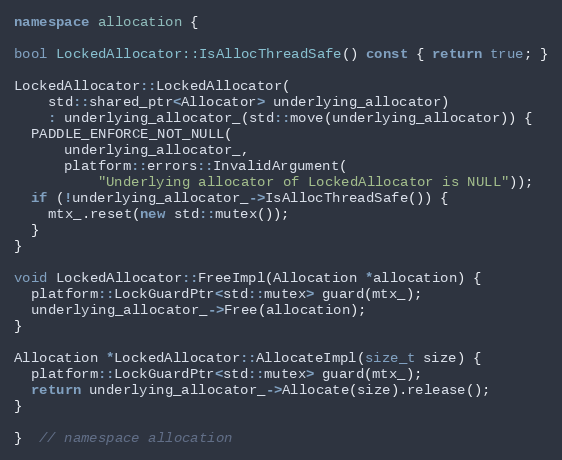
Language: C++
namespace allocation {

bool LockedAllocator::IsAllocThreadSafe() const { return true; }

LockedAllocator::LockedAllocator(
    std::shared_ptr<Allocator> underlying_allocator)
    : underlying_allocator_(std::move(underlying_allocator)) {
  PADDLE_ENFORCE_NOT_NULL(
      underlying_allocator_,
      platform::errors::InvalidArgument(
          "Underlying allocator of LockedAllocator is NULL"));
  if (!underlying_allocator_->IsAllocThreadSafe()) {
    mtx_.reset(new std::mutex());
  }
}

void LockedAllocator::FreeImpl(Allocation *allocation) {
  platform::LockGuardPtr<std::mutex> guard(mtx_);
  underlying_allocator_->Free(allocation);
}

Allocation *LockedAllocator::AllocateImpl(size_t size) {
  platform::LockGuardPtr<std::mutex> guard(mtx_);
  return underlying_allocator_->Allocate(size).release();
}

}  // namespace allocation